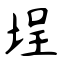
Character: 埕